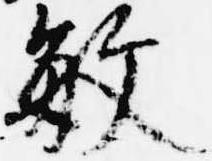
敏